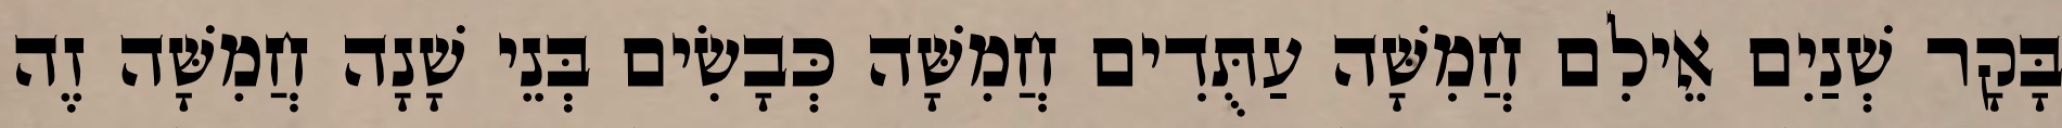
בָּקָר שְׁנַיִם אֵילִם חֲמִשָּׁה עַתֻּדִים חֲמִשָּׁה כְּבָשִׂים בְּנֵי שָׁנָה חֲמִשָּׁה זֶה